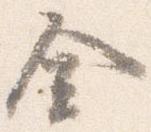
金